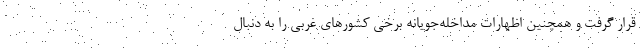
قرار گرفت و همچنین اظهارات مداخله‌جویانه برخی کشورهای غربی را به دنبال